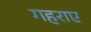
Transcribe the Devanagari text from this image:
गहराए